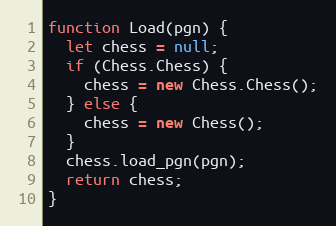
Language: JavaScript
function Load(pgn) {
  let chess = null;
  if (Chess.Chess) {
    chess = new Chess.Chess();
  } else {
    chess = new Chess();
  }
  chess.load_pgn(pgn);
  return chess;
}